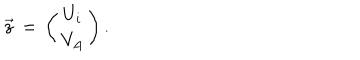
LaTeX: { \vec { z } } \, = \, \left( \begin{matrix} { { U _ { i } } } \\ { { V _ { A } } } \\ \end{matrix} \right) .